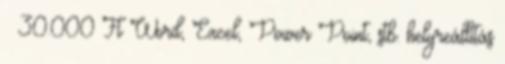
– 30.000 Ft Word, Excel, Power Point, stb. helyreállítás